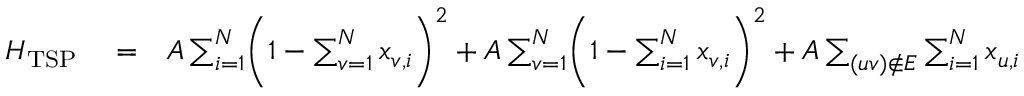
\begin{array} { r l r } { H _ { \mathrm { T S P } } } & { { } = } & { A \sum _ { i = 1 } ^ { N } \biggl ( 1 - \sum _ { v = 1 } ^ { N } x _ { v , i } \biggr ) ^ { 2 } + A \sum _ { v = 1 } ^ { N } \biggl ( 1 - \sum _ { i = 1 } ^ { N } x _ { v , i } \biggr ) ^ { 2 } + A \sum _ { ( u v ) \notin E } \sum _ { i = 1 } ^ { N } x _ { u , i } x _ { v , i + 1 } } \end{array}